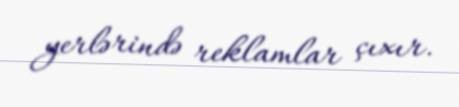
yerlərində reklamlar çıxır.